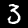
Digit: 3